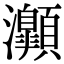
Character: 𤅡